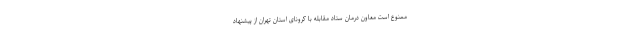
ممنوع است معاون درمان ستاد مقابله با کرونای استان تهران از پیشنهاد